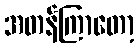
အတန်ကြာတော့